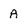
Character: A